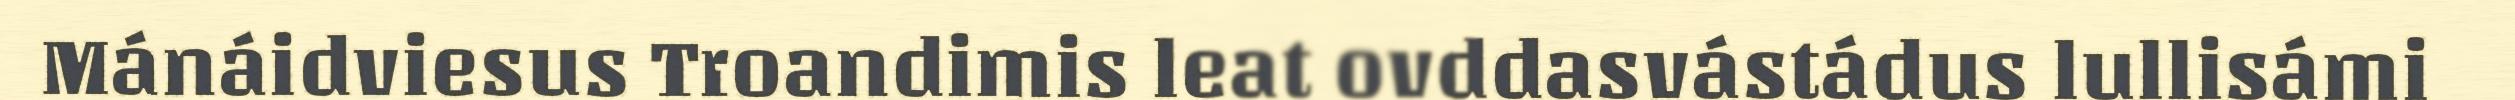
Mánáidviesus Troandimis leat ovddasvástádus lullisámi